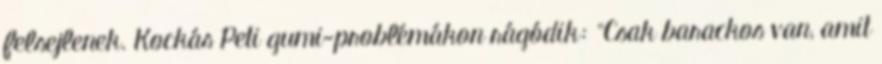
felsejlenek. Kockás Peti gumi-problémákon rágódik: "Csak barackos van, amit